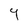
Character: Y